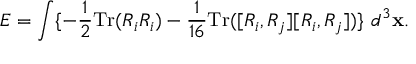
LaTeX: E = \int \{ - \frac { 1 } { 2 } \mathrm { T r } ( R _ { i } R _ { i } ) - \frac { 1 } { 1 6 } \mathrm { T r } ( [ R _ { i } , R _ { j } ] [ R _ { i } , R _ { j } ] ) \} \ d ^ { 3 } { \bf x } .